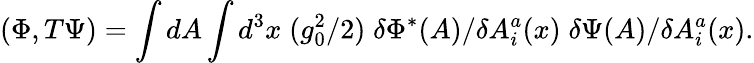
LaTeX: (\Phi,T\Psi)=\int dA\int d^{3}x\; (g_{0}^{2}/2)\; \delta\Phi^{*}(A)/\delta A_{i}^{a}(x)\; \delta\Psi(A)/\delta A_{i}^{a}(x).